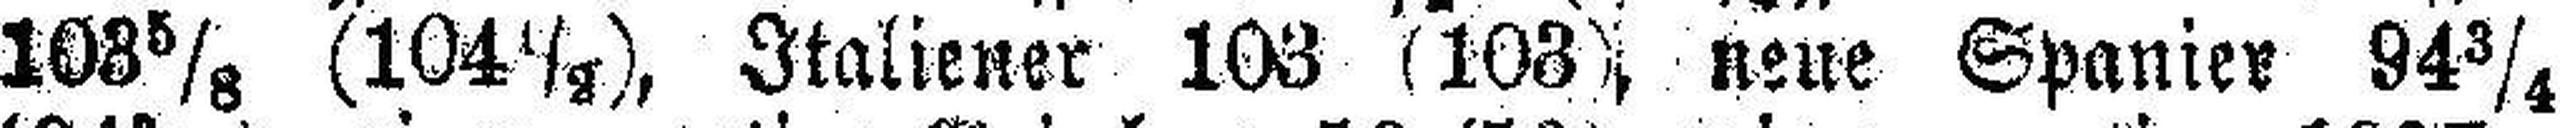
103 5/8 (104 1/8), Italiener 103 (103), neue Spanier 94 ¾